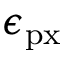
\epsilon _ { \mathrm { p x } }